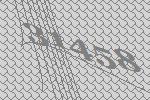
31458